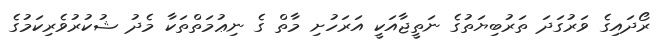
ރޯދައިގެ ވަރުގަދަ ތަރުބިޔަތުގެ ނަތީޖާއަކީ އަރަހުށި މާތް ގެ ނިޢުމަތްތަކާ މެދު ޝުކުރުވެރިކަމުގެ